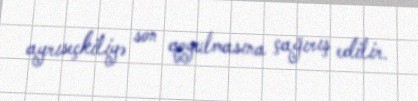
ayrıseçkiliyə son qoyulmasına çağırış edilir.